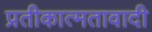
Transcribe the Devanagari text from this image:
प्रतीकात्मतावादी